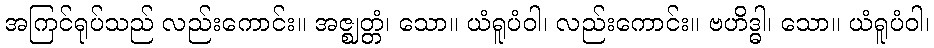
အကြင်ရုပ်သည် လည်းကောင်း။ အဇ္ဈတ္တံ၊ သော။ ယံရူပံဝါ၊ လည်းကောင်း။ ဗဟိဒ္ဓါ၊ သော။ ယံရူပံဝါ၊